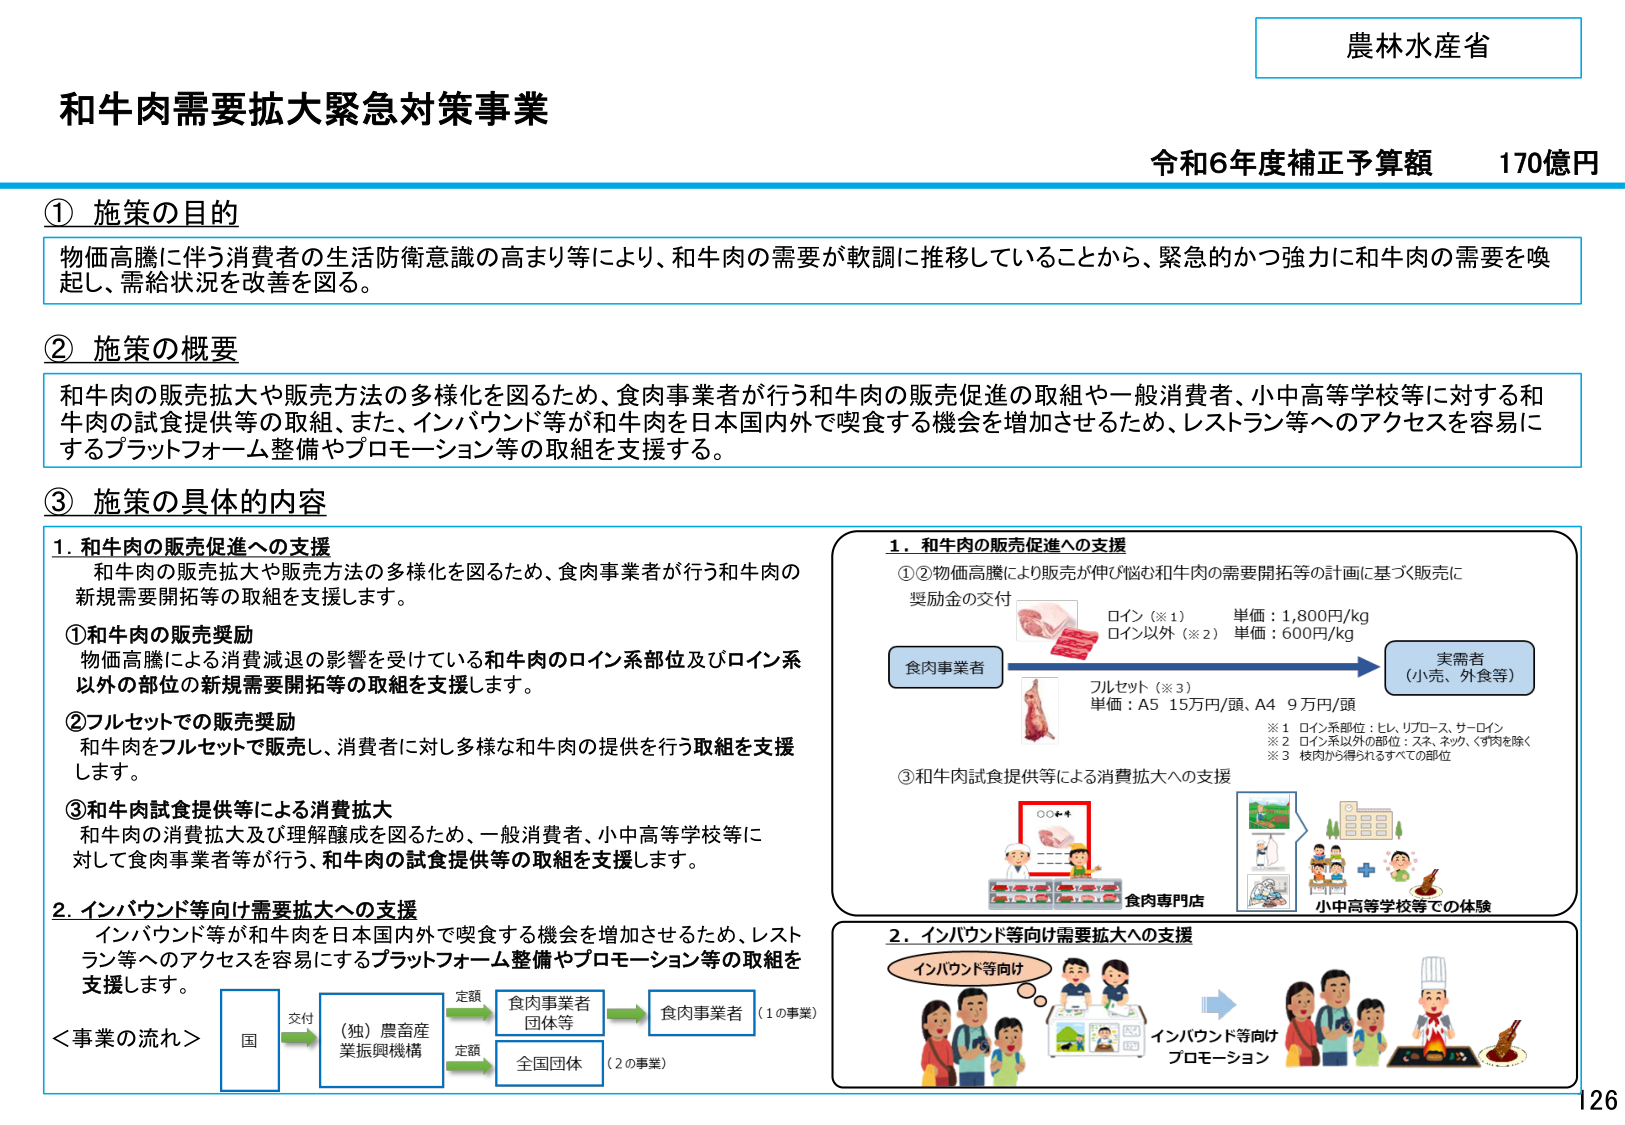
農林水産省
和牛肉需要拡大緊急対策事業
令和6年度補正予算額 170億円

① 施策の目的
物価高騰に伴う消費者の生活防衛意識の高まり等により、和牛肉の需要が軟調に推移していることから、緊急的かつ強力に和牛肉の需要を喚起し、需給状況を改善を図る。

② 施策の概要
和牛肉の販売拡大や販売方法の多様化を図るため、食肉事業者が行う和牛肉の販売促進の取組や一般消費者、小中高等学校等に対する和牛肉の試食提供等の取組、また、インバウンド等が和牛肉を日本国内外で喫食する機会を増加させるため、レストラン等へのアクセスを容易にするプラットフォーム整備やプロモーション等の取組を支援する。

③ 施策の具体的内容

1. 和牛肉の販売促進への支援
和牛肉の販売拡大や販売方法の多様化を図るため、食肉事業者が行う和牛肉の新規需要開拓等の取組を支援します。

①和牛肉の販売奨励
物価高騰による消費減退の影響を受けている和牛肉のロイン系部位及びロイン系以外の部位の新規需要開拓等の取組を支援します。

②フルセットでの販売奨励
和牛肉をフルセットで販売し、消費者に対して多様な和牛肉の提供を行う取組を支援します。

③和牛肉試食提供等による消費拡大
和牛肉の消費拡大及び理解醸成を図るため、一般消費者、小中高等学校等に対して食肉事業者等が行う、和牛肉の試食提供等の取組を支援します。

2. インバウンド等向け需要拡大への支援
インバウンド等が和牛肉を日本国内外で喫食する機会を増加させるため、レストラン等へのアクセスを容易にするプラットフォーム整備やプロモーション等の取組を支援します。

＜事業の流れ＞
国 → 交付 → （独）農畜産業振興機構 → 定額 → 食肉事業者団体等 → 食肉事業者（1の事業）